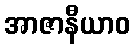
အာဇာနီယာဝ